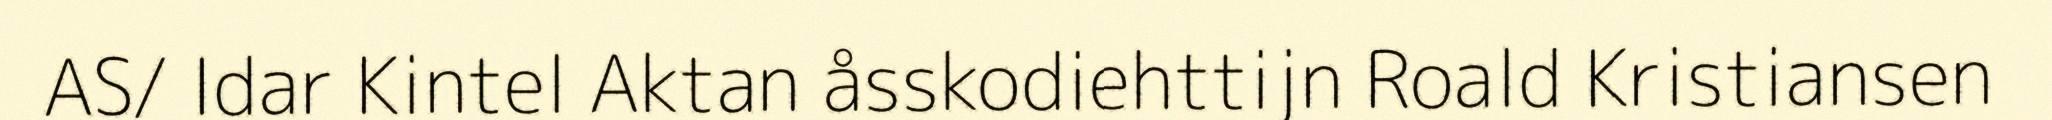
AS/ Idar Kintel Aktan åsskodiehttijn Roald Kristiansen